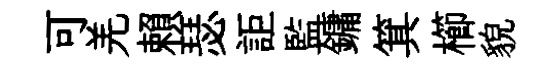
可羌賴瑟詎監鏞箕櫛貌